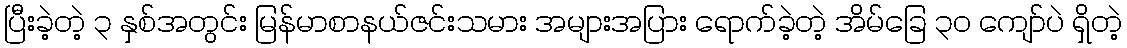
ပြီးခဲ့တဲ့ ၃ နှစ်အတွင်း မြန်မာစာနယ်ဇင်းသမား အများအပြား ရောက်ခဲ့တဲ့ အိမ်ခြေ ၃၀ ကျော်ပဲ ရှိတဲ့